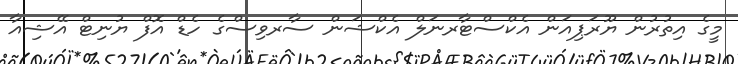
މީގެ އިތުރުން ޔޫރަޕިއަން އެކްސްޓާރނަލް އެކްޝަން ސާރވިސްގެ ހެޑް އޮފް ޔުނިޓް އޭޝިއާ